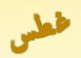
غطس